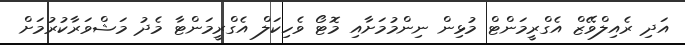
އަދި ރެއިލްވޭޒް އެގްރީމަންޓް މުޅިން ނިންމުމަށާއި މޮޓޯ ވެހިކަލް އެގްރީމަންޓާ މެދު މަޝްވަރާކުރުމަށް